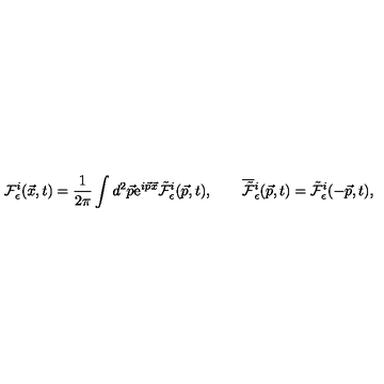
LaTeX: { \cal F } _ { \epsilon } ^ { i } ( \vec { x } , t ) = \frac { 1 } { 2 \pi } \int d ^ { 2 } \vec { p } \mathrm { e } ^ { i \vec { p } \vec { x } } \tilde { \cal F } _ { \epsilon } ^ { i } ( \vec { p } , t ) , \qquad \overline { { \tilde { \cal F } } } { } _ { \epsilon } ^ { i } ( \vec { p } , t ) = \tilde { \cal F } _ { \epsilon } ^ { i } ( - \vec { p } , t ) ,